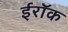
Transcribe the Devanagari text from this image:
ईरॉक